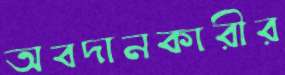
অবদানকারীর